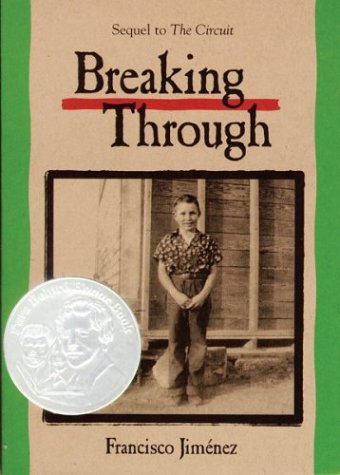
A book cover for Breaking Through; Francisco JimÃ©nez; Teen & Young Adult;